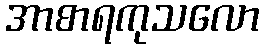
အာစာရကုသလော